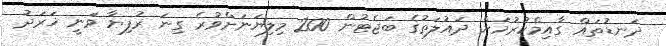
ދަނޑުތައް ގާއިމްކުރުމަށް ދައުލަތުގެ ބަޖެޓުން 200 މިލިޔަނަށްވުރެ ގިނަ ރުފިޔާ ވަނީ ޚަރަދު